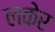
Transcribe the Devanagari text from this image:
लकेर